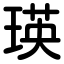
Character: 瑛